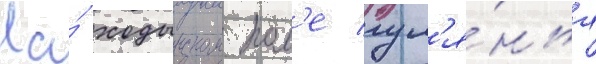
На́ ходынском пол'е гул'я́нья